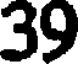
39